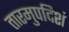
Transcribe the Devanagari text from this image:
तारमुपदिशं